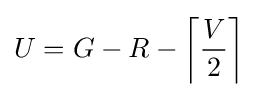
U=G-R-\left\lceil {\frac {V}{2}}\right\rceil